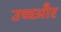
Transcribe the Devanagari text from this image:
उच्चऔर